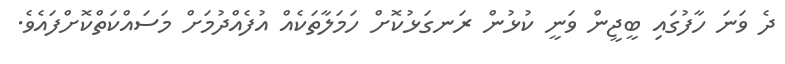
ދެ ވަނަ ހާފުގައި ބީޖީން ވަނީ ކުޅުން ރަނގަޅުކޮށް ހަމަލާތަކެއް އުފެއްދުމަށް މަސައްކަތްކޮށްފައެވެ.